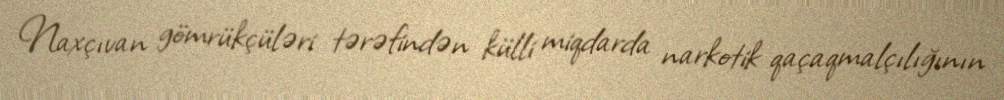
Naxçıvan gömrükçüləri tərəfindən külli miqdarda narkotik qaçaqmalçılığının